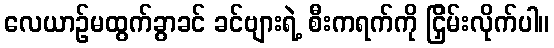
လေယာဉ်မထွက်ခွာခင် ခင်ဗျားရဲ့ စီးကရက်ကို ငြှိမ်းလိုက်ပါ။